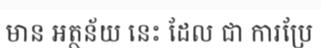
មាន អត្ថន័យ នេះ ដែល ជា ការប្រែ